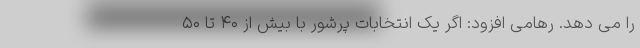
را می دهد. رهامی افزود: اگر یک انتخابات پرشور با بیش از ۴۰ تا ۵۰